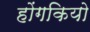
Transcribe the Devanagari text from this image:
होंगकियो